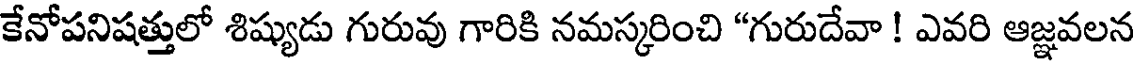
కేనోపనిషత్తులో శిష్యుడు గురువు గారికి నమస్కరించి "గురుదేవా ! ఎవరి ఆజ్ఞవలన